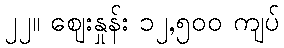
၂၂။ စျေးနှုန်း ၁၂,၅၀၀ ကျပ်